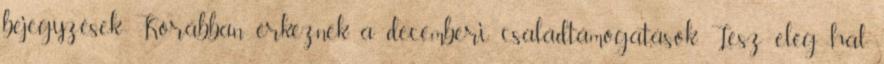
bejegyzések Korábban érkeznek a decemberi családtámogatások Lesz elég hal